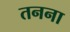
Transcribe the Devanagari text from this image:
तनना